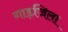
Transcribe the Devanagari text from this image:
गाड़जिला